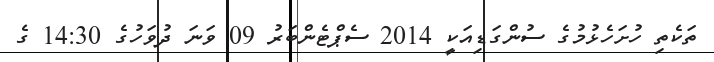
ތަކެތި ހުށަހެޅުމުގެ ސުންގަޑިއަކީ 2014 ސެޕްޓެންބަރު 09 ވަނަ ދުވަހުގެ 14:30 ގެ